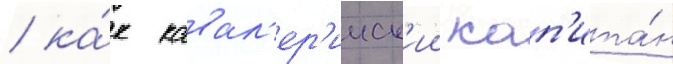
/ ка́к кавал'ер'ииск'ии кап'ита́н